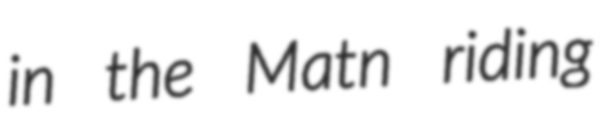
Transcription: in the Matn riding